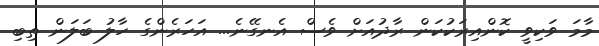
މާމަ ވަކިވީ ކޮންއިރަކުކަން ރާދުއަށް ވެސް އެނގޭނެ... އަހަރެންގެ ހާލު ބަލަން ތިބި